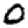
Digit: 0